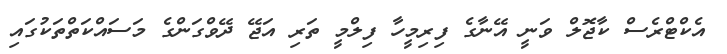
އެކްޓްރެސް ކާޖޮލް ވަނީ އޭނާގެ ފިރިމީހާ ފިލްމީ ތަރި އަޖޭ ދޭވްގަންގެ މަސައްކަތްތަކުގައި